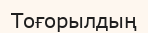
Тоғорылдың